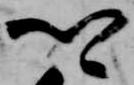
卿